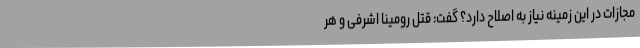
مجازات در این زمینه نیاز به اصلاح دارد؟ گفت: قتل رومینا اشرفی و هر